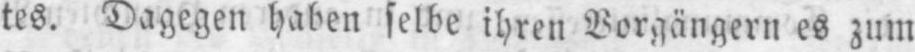
tes. Dagegen haben selbe ihren Vorgängern es zum